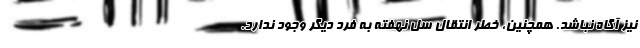
نیز آگاه نباشد. همچنین، خطر انتقال سل نهفته به فرد دیگر وجود ندارد.